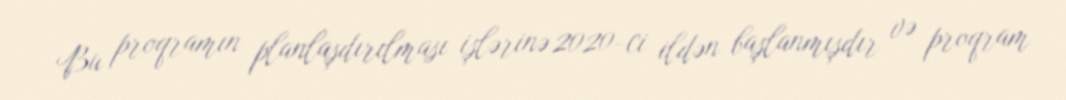
Bu proqramın planlaşdırılması işlərinə 2020-ci ildən başlanmışdır və proqram